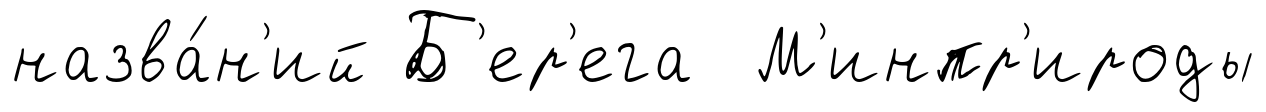
назва́н'ий Б'ер'ега М'инпр'ироды